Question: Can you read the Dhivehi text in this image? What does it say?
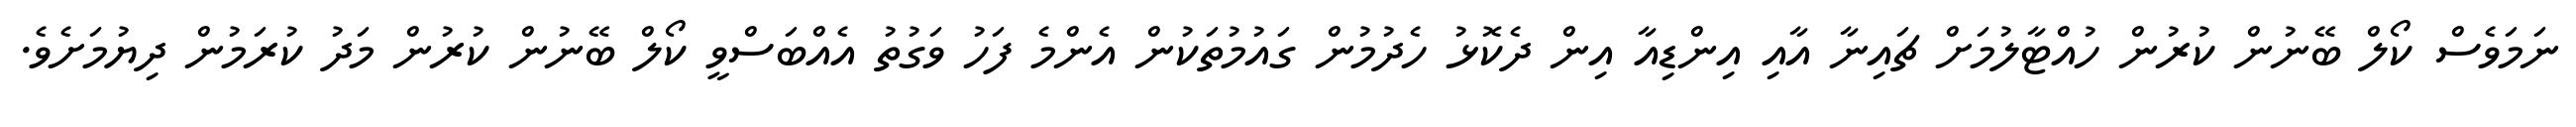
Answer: ނަމަވެސް ކޯލް ބޭނުން ކުރުން ހުއްޓާލުމަށް ޗައިނާ އާއި އިންޑިއާ އިން ދެކޮޅު ހެދުމުން ގައުމުތަކުން އެންމެ ފަހު ވަގުތު އެއްބަސްވީ ކޯލް ބޭނުން ކުރުން މަދު ކުރަމުން ދިޔުމަށެވެ.